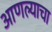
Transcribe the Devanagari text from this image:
आणल्याचा